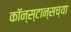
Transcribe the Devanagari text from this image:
कॉन्स्टान्सच्या